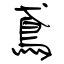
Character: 鳶